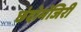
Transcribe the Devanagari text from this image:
छंदोमंजिरी